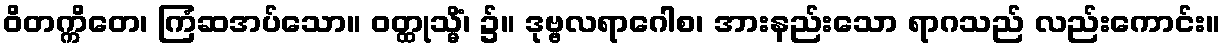
ဝိတက္ကိတေ၊ ကြံဆအပ်သော။ ဝတ္ထုသ္မိံ၊ ၌။ ဒုဗ္ဗလရာဂေါစ၊ အားနည်းသော ရာဂသည် လည်းကောင်း။